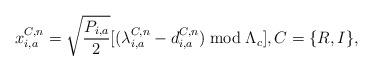
LaTeX: \begin{align*}x_{i,a}^{C,n} = {\sqrt{\frac{P_{i,a}}{2}}}[(\lambda_{i,a}^{C,n}-d_{i,a}^{C,n})\bmod\Lambda_{c} ], C=\{R,I\},\end{align*}